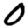
Digit: 0